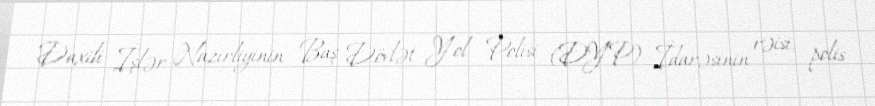
Daxili İşlər Nazirliyinin Baş Dövlət Yol Polisi (DYP) İdarəsinin rəisi, polis